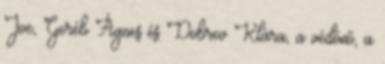
Joe, Geréb Ágnes és Dobrev Klára, a védőnő, a